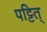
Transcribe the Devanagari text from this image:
पट्टित्